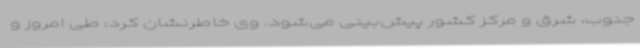
جنوب، شرق و مرکز کشور پیش‌بینی می‌شود. وی خاطرنشان کرد: طی امروز و